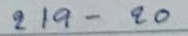
219 - 20